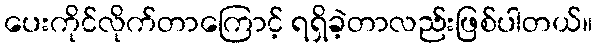
ပေးကိုင်လိုက်တာကြောင့် ရရှိခဲ့တာလည်းဖြစ်ပါတယ်။